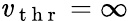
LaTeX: \mathit{v}_{\mathrm{{~t~h~r~}}}=\infty